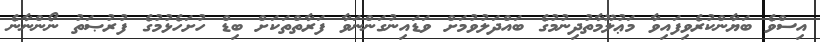
އިސްވެ ބަޔާންކުރެވިފައިވާ މަޢުލޫމާތުދިނުމުގެ ބައްދަލުވުމަށް ވަޑައިނުގަންނަވާ ފަރާތްތަކަށް ބިޑް ހުށަހެޅުމުގެ ފުރުޞަތު ނޯންނާނެ